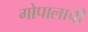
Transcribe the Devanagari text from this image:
गोपालाची